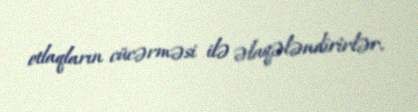
otlaqların cücərməsi ilə əlaqələndirirlər.